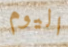
اليوم